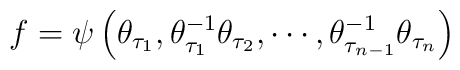
f=\psi \left( \theta _{\tau _{1}},\theta _{\tau _{1}}^{-1}\theta _{\tau_{2}},\cdots ,\theta _{\tau _{n-1}}^{-1}\theta _{\tau _{n}}\right)